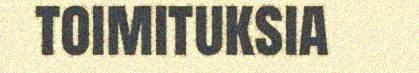
toimituksia